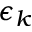
\epsilon _ { k }